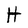
Character: H